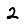
Digit: 2